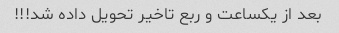
بعد از یکساعت و ربع تاخیر تحویل داده شد!!!